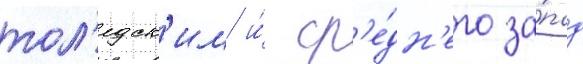
тол'едск'им и́ ср'е́дн'его за́пад